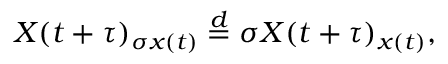
\begin{array} { r } { X ( t + \tau ) _ { \sigma x ( t ) } \stackrel { d } { = } \sigma X ( t + \tau ) _ { x ( t ) } , } \end{array}